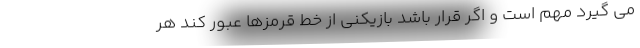
می گیرد مهم است و اگر قرار باشد بازیکنی از خط قرمزها عبور کند هر